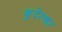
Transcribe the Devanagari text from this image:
कुदेल्का